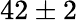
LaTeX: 42\pm 2